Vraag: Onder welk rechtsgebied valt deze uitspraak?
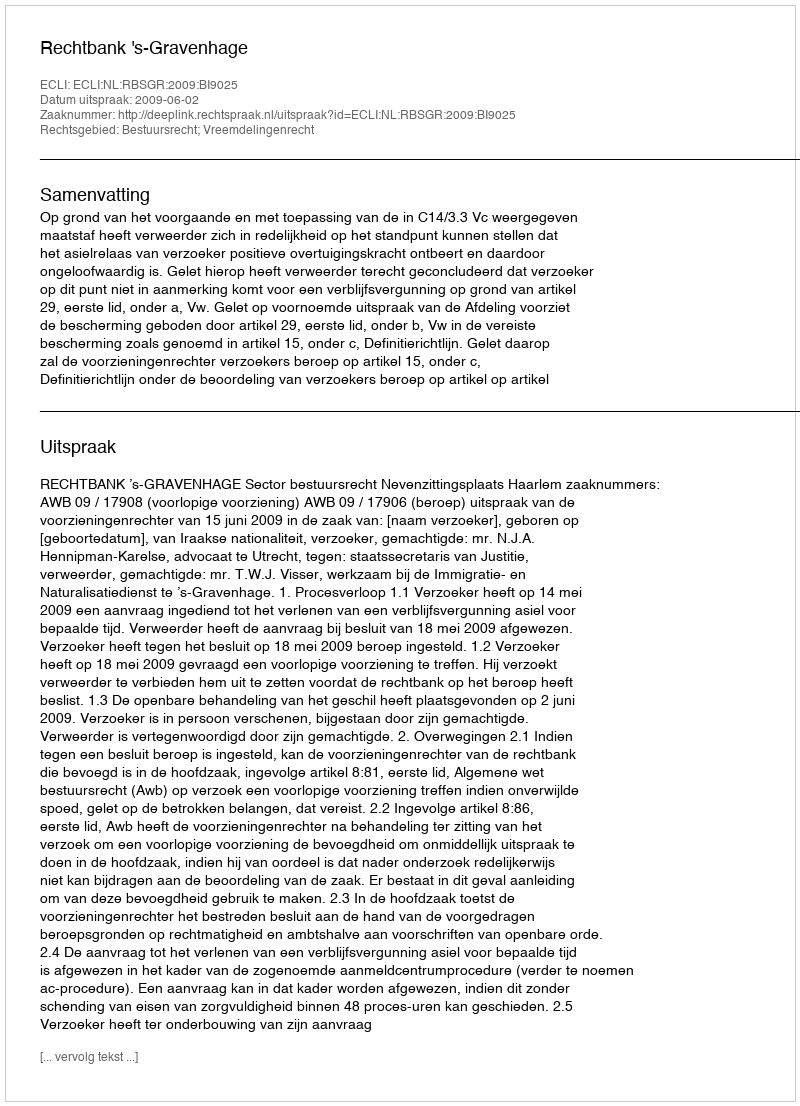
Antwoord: Bestuursrecht; Vreemdelingenrecht